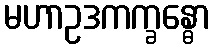
မဟာဥဒကက္ခန္ဓော